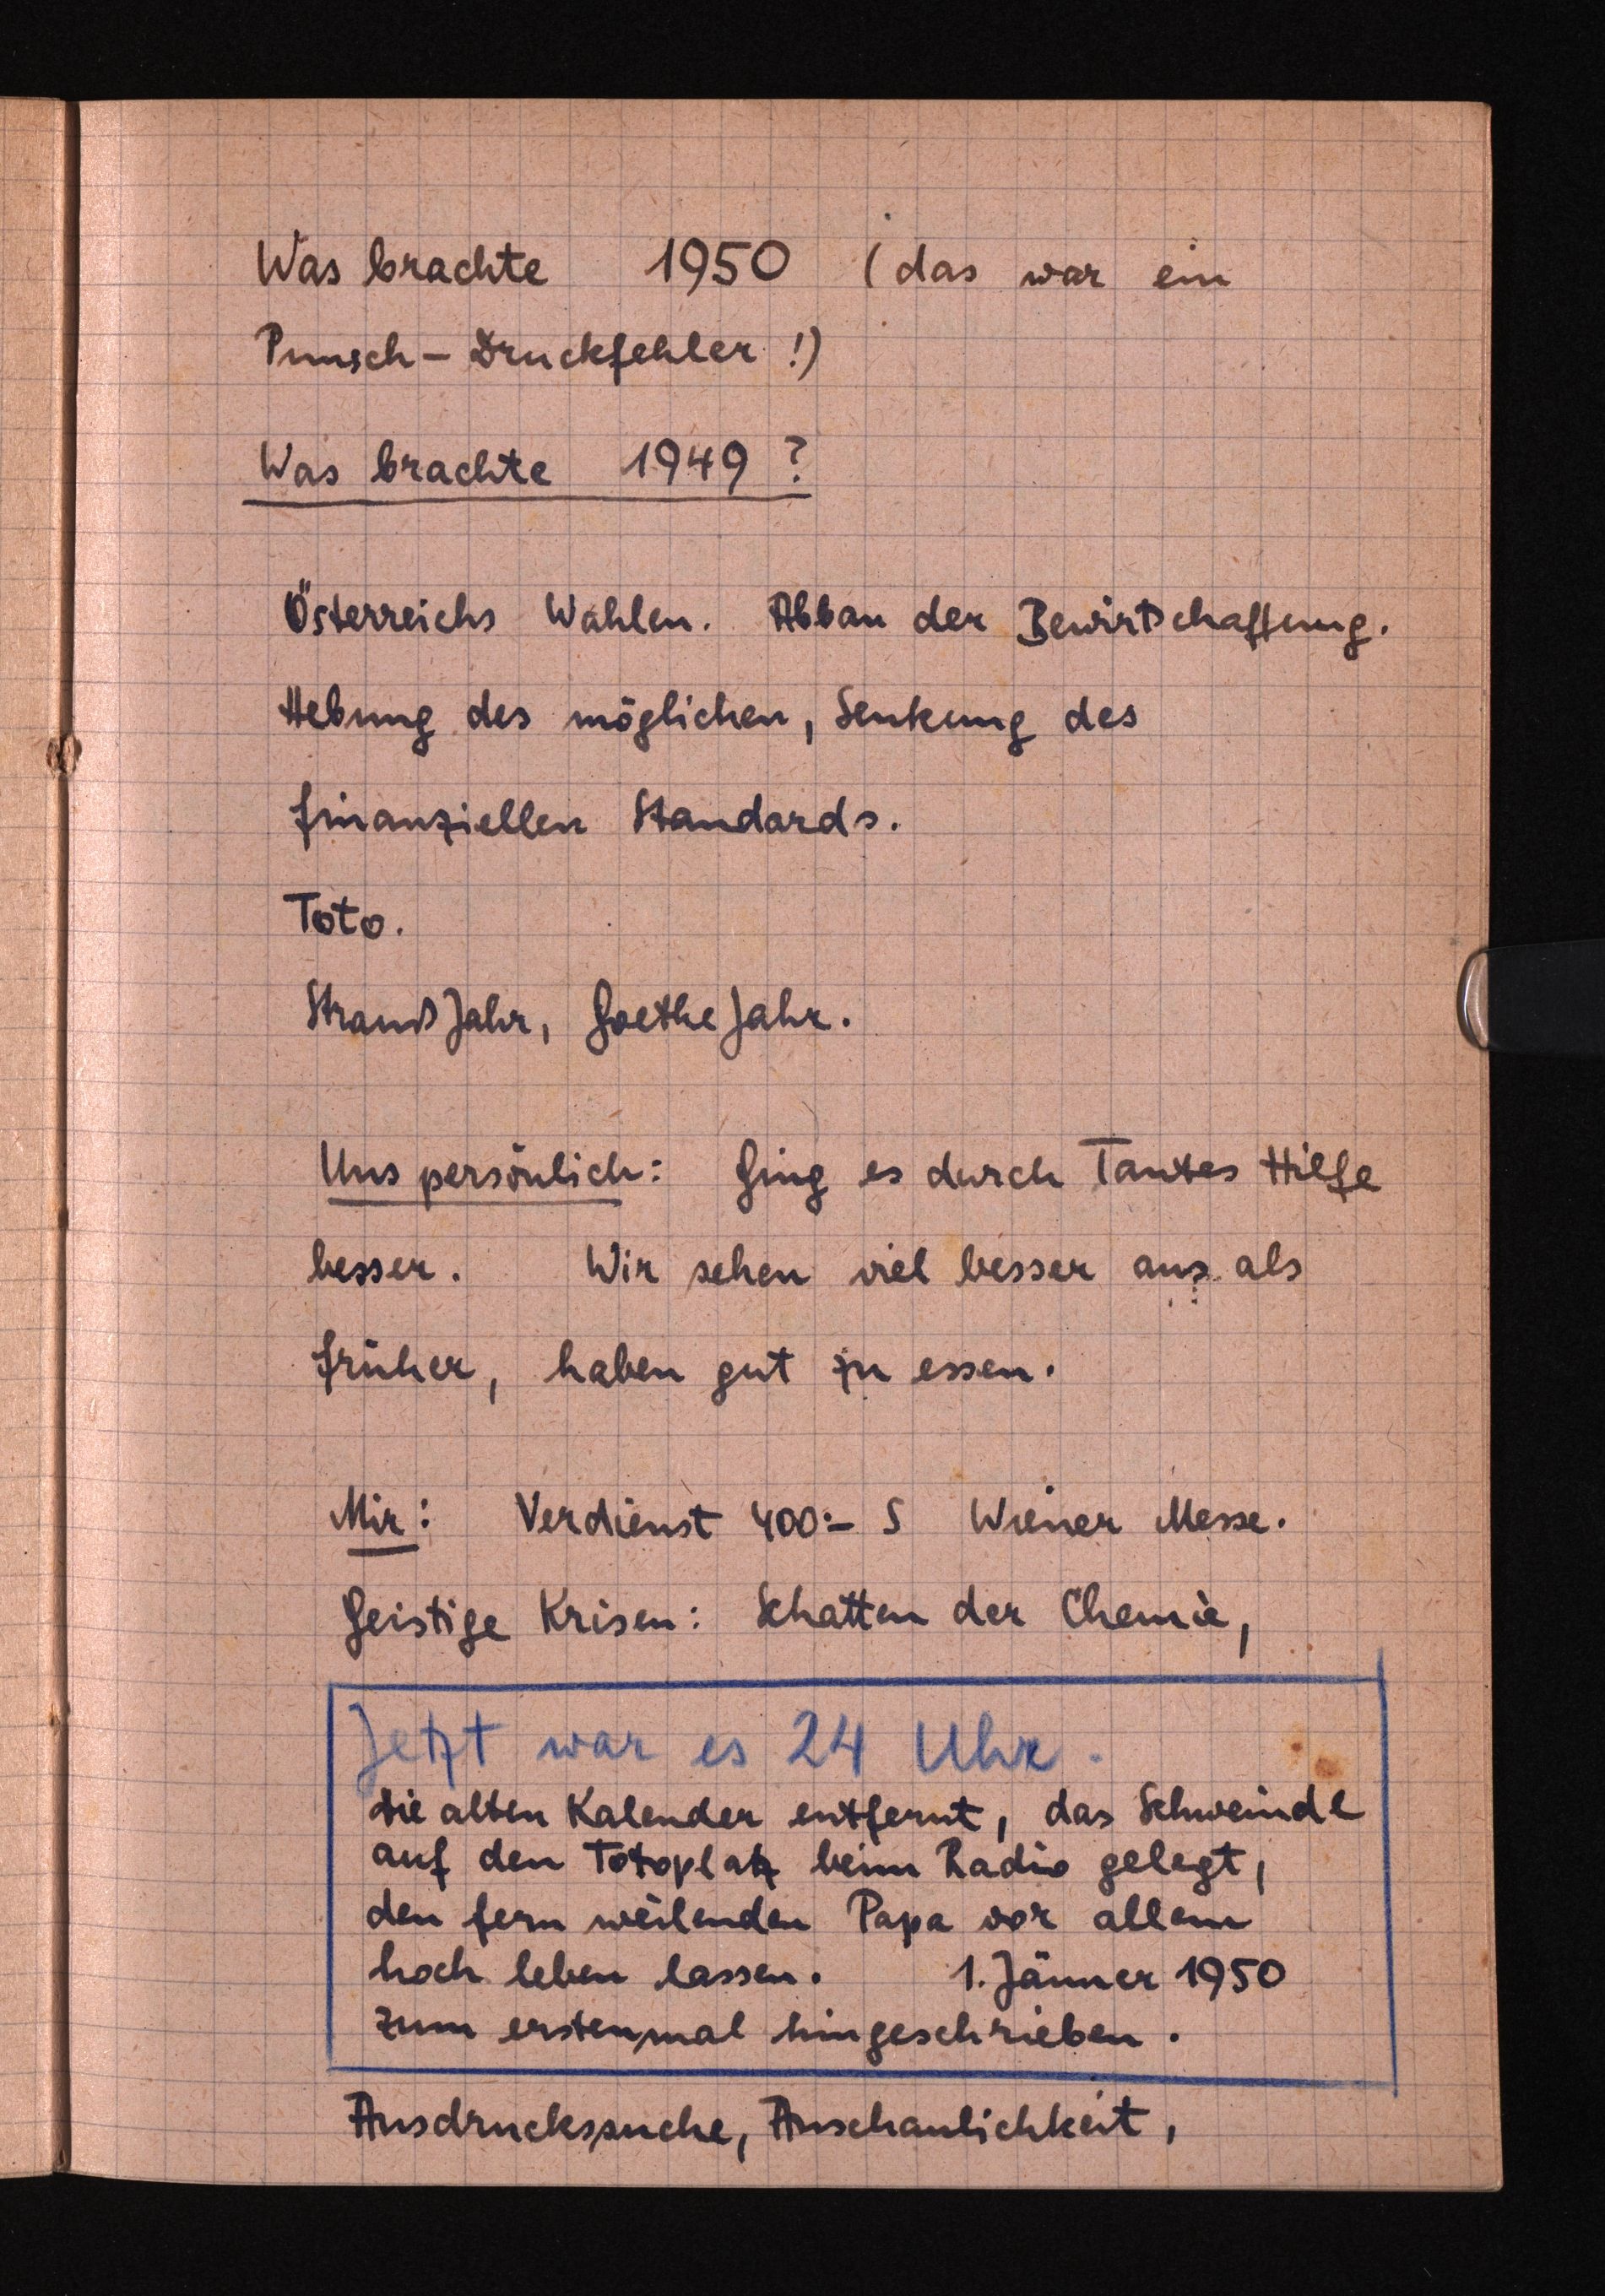
Was brachte 1950 (das war ein
Punsch-Drückfehler!)
Was brachte 1949?
Österreichs Wahlen. Abban der Bewirtschaftung.
Hebung des möglichen, Senkung des
finanziellen Standards.
Toto.
Strauß Jahr, Goethe Jahr.
Uns persönlich: Ging es durch Tantes Hilge
besser. Wir sehen viel besser aus. als
Früher, haben gut zu essen.
Mir: Verdienst 400-5 Wiener Messe.
Geistige Krisen: Schatten der Chemie,
Jetzt war es 24 Uhr.
Die alten Kalender entfernt, das Schweinde
auf den Totoplatz beim Radio gelegt,
den fern weilenden Papa vor allem
hoch leben lassen. 1. Janner 1950
zum erstenmal hingeschrieben.
Ausdruckssuche, Anschaulichkeit,